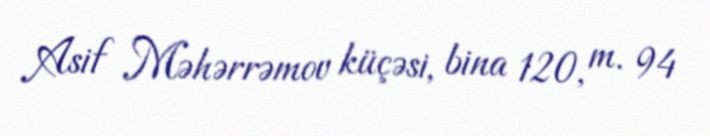
Asif Məhərrəmov küçəsi, bina 120, m. 94